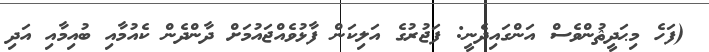
(ފަހެ މިޙަދީޘުންވެސް އަންގައިދެނީ: ފަޖުރުގެ އަލިކަން ފާޅުވެއްޖައުމަށް ދާންދެން ކެއުމާއި ބުއިމާއި އަދި